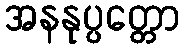
အနနုပ္ပတ္တော